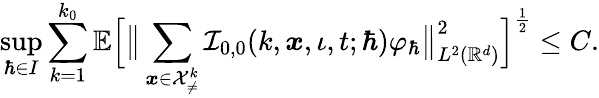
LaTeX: \operatorname*{sup}_{\hbar\in I}\sum_{k=1}^{k_{0}}\mathbb{E}\Big[\big\lVert\sum_{\boldsymbol{x}\in\mathcal{X}_{\neq}^{k}}\mathcal{I}_{0,0}(k,\boldsymbol{x},\iota,t;\hbar)\varphi_{\hbar}\big\rVert_{L^{2}(\mathbb{R}^{d})}^{2}\Big]^{\frac{1}{2}}\leq C.